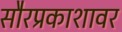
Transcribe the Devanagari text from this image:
सौरप्रकाशावर